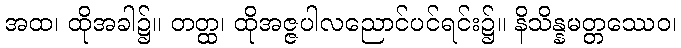
အထ၊ ထိုအခါ၌။ တတ္ထ၊ ထိုအဇ္ဇပါလညောင်ပင်ရင်း၌။ နိသိန္နမတ္တဿေဝ၊